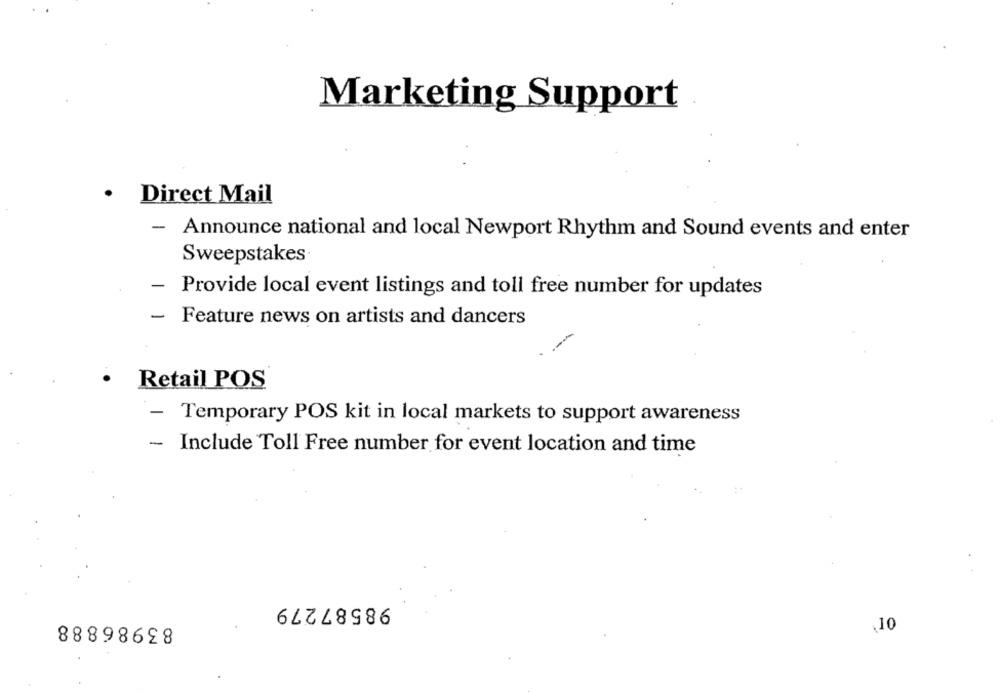
Marketing Support
.
Direct Mail
- Announce national and local Newport Rhythm and Sound events and enter
Sweepstakes
-
Provide local event listings and toll free number for updates
- Feature news on artists and dancers
Retail POS
- Temporary POS kit in local markets to support awareness
Include Toll Free number for event location and time
98587279
83986888
,10